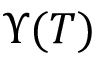
\Upsilon ( T )